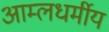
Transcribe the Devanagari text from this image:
आम्लधर्मीय